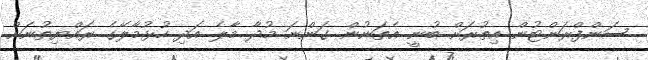
ސަންފްރަންޓުން އިތުރަށް ބުނީ އެތަނުން ގަންނަ މުދާ މާލެ އަދި ހުޅުމާލޭގެ ރައްޔިތުނަށް